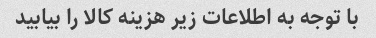
با توجه به اطلاعات زیر هزینه کالا را بیابید